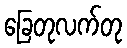
ခြေတုလက်တု